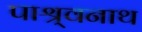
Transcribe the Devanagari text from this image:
पाश्र्वनाथ